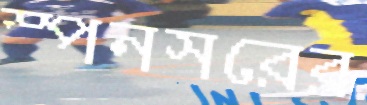
স্পনসরের